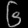
Digit: ၆